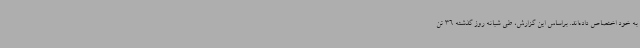
به خود اختصاص داده‌اند. براساس این گزارش، طی شبانه‌ روز گذشته 36 تن